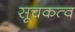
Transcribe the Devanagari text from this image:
सूचकत्व